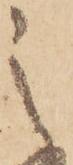
之